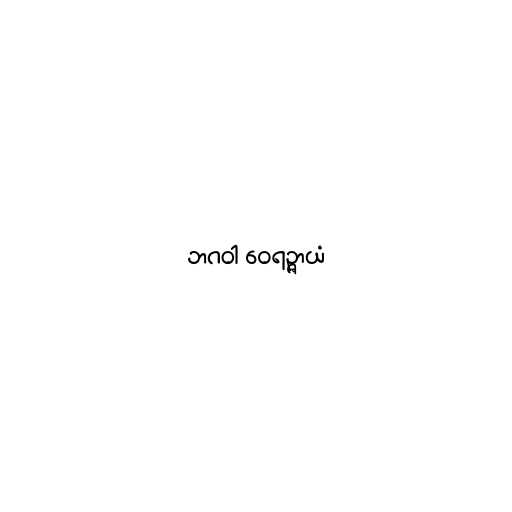
ဘဂဝါ ဝေရဉ္ဇာယံ